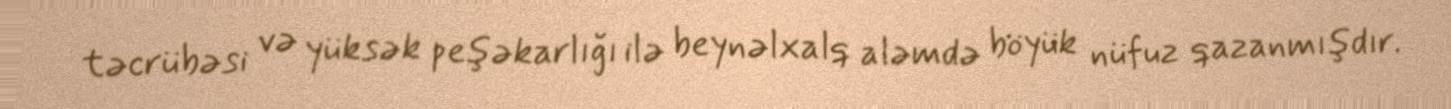
təcrübəsi və yüksək peşəkarlığı ilə beynəlxalq aləmdə böyük nüfuz qazanmışdır.